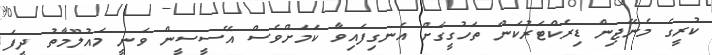
ކުރީގެ މެނޭޖިން ޑިރެކްޓަރުކަން ތަހުގީގަށް އެނގިފައިވާ ކަމަށްވެސް އޭސީސީން ވަނީ މައުލޫމާތު ދީފަ